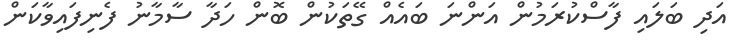
އަދި ބަލައި ފާސްކުރަމުން އަންނަ ބައެއް ގޭތަކުން ބޮން ހަދާ ސާމާނު ފެނިފައިވާކަން